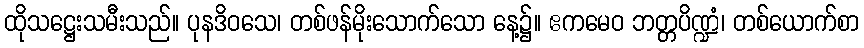
ထိုသဋ္ဌေးသမီးသည်။ ပုနဒိဝသေ၊ တစ်ဖန်မိုးသောက်သော နေ့၌။ ဧကမေဝ ဘတ္တပိဏ္ဍံ၊ တစ်ယောက်စာ